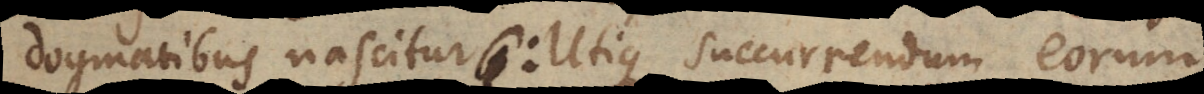
dogmatibus nascitur: Utique succurrendum eorum